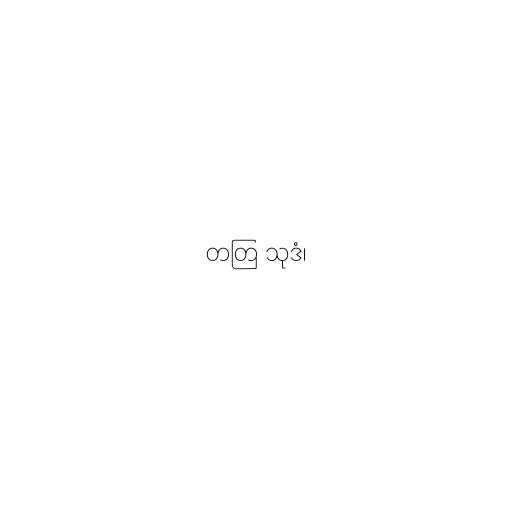
တတြ သုဒံ၊